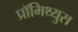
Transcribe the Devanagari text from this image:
प्रॉमिथ्युस